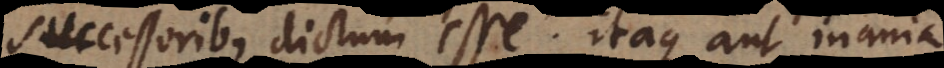
successoribus dictum esse: itaque aut inania